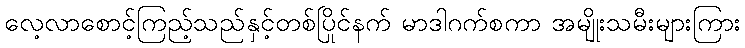
လေ့လာစောင့်ကြည့်သည်နှင့်တစ်ပြိုင်နက် မာဒါဂက်စကာ အမျိုးသမီးများကြား